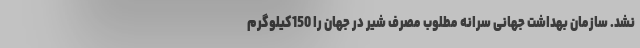
نشد. سازمان بهداشت جهانی سرانه مطلوب مصرف شیر در جهان را 150کیلوگرم